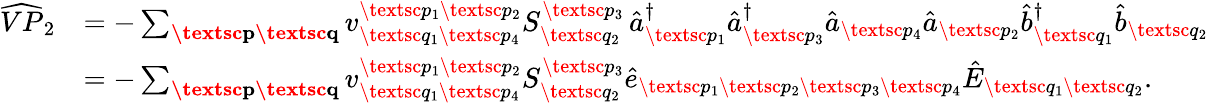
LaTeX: \begin{array}{rl}{\widehat{VP}_{2}}&{=-\sum_{\textbf{\textsc{p}}\textbf{\textsc{q}}}{v}_{\textsc{q}_{1}\textsc{p}_{4}}^{\textsc{p}_{1}\textsc{p}_{2}}S_{\textsc{q}_{2}}^{\textsc{p}_{3}}\, \hat{a}_{\textsc{p}_{1}}^{\dagger}\hat{a}_{\textsc{p}_{3}}^{\dagger}\hat{a}_{\textsc{p}_{4}}\hat{a}_{\textsc{p}_{2}}\hat{b}_{\textsc{q}_{1}}^{\dagger}\hat{b}_{\textsc{q}_{2}}}\\ &{=-\sum_{\textbf{\textsc{p}}\textbf{\textsc{q}}}{v}_{\textsc{q}_{1}\textsc{p}_{4}}^{\textsc{p}_{1}\textsc{p}_{2}}S_{\textsc{q}_{2}}^{\textsc{p}_{3}}\hat{e}_{\textsc{p}_{1}\textsc{p}_{2}\textsc{p}_{3}\textsc{p}_{4}}\hat{E}_{\textsc{q}_{1}\textsc{q}_{2}}.}\end{array}